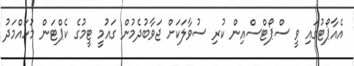
އެއާޕޯޓުގައި ވީ ސްޕޯޓްސްއިން ކުރި ސުވާލަކަށް ޖަވާބުދެމުން ގައުމީ ޓީމުގެ ކެޕްޓަން މުހައްމަދު